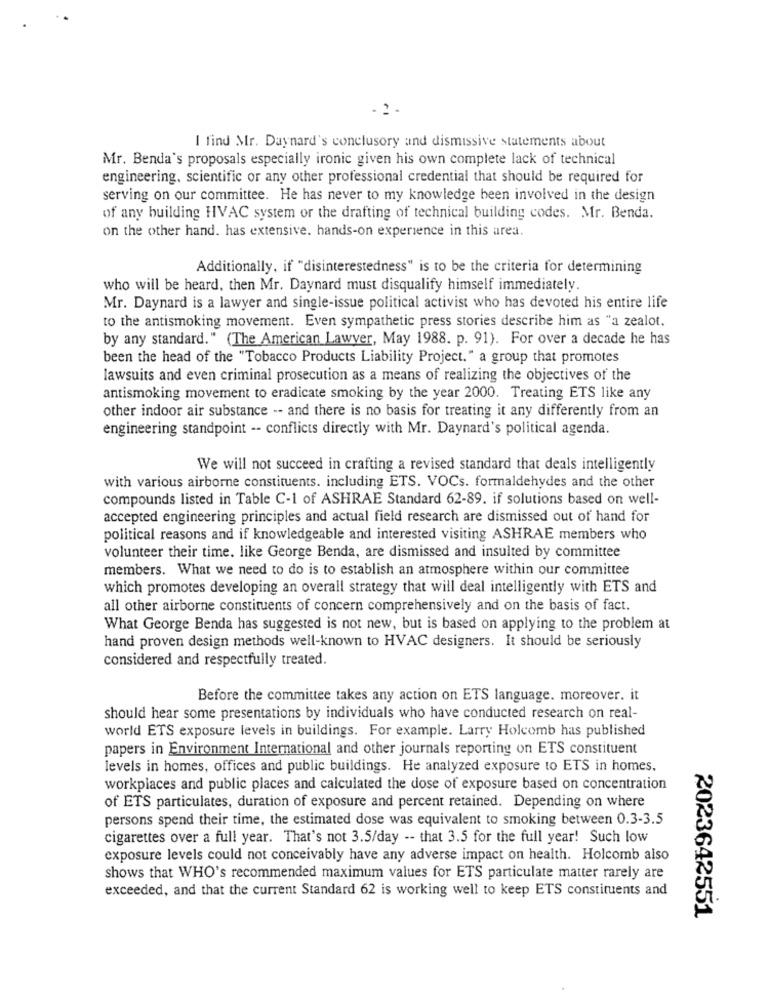
I find Mr. Daynard's conclusory and dismissive statements about
Mr. Benda's proposals especially ironic given his own complete lack of technical
engineering, scientific or any other professional credential that should be required for
serving on our committee. He has never to my knowledge been involved in the design
of any building HVAC system or the drafting of technical building codes. Mr. Benda.
on the other hand. has extensive. hands-on experience in this area.
Additionally, if "disinterestedness" is to be the criteria for determining
who will be heard, then Mr. Daynard must disqualify himself immediately.
Mr. Daynard is a lawyer and single-issue political activist who has devoted his entire life
to the antismoking movement. Even sympathetic press stories describe him as "a zealot.
by any standard." (The American Lawyer, May 1988. p. 91). For over a decade he has
been the head of the "Tobacco Products Liability Project." a group that promotes
lawsuits and even criminal prosecution as a means of realizing the objectives of the
antismoking movement to eradicate smoking by the year 2000. Treating ETS like any
other indoor air substance -- and there is no basis for treating it any differently from an
engineering standpoint -- conflicts directly with Mr. Daynard's political agenda.
We will not succeed in crafting a revised standard that deals intelligently
with various airborne constituents. including ETS. VOCs. formaldehydes and the other
compounds listed in Table C-1 of ASHRAE Standard 62-89. if solutions based on well-
accepted engineering principles and actual field research are dismissed out of hand for
political reasons and if knowledgeable and interested visiting ASHRAE members who
volunteer their time. like George Benda, are dismissed and insulted by committee
members. What we need to do is to establish an atmosphere within our committee
which promotes developing an overall strategy that will deal intelligently with ETS and
all other airborne constituents of concern comprehensively and on the basis of fact.
What George Benda has suggested is not new, but is based on applying to the problem at
hand proven design methods well-known to HVAC designers. It should be seriously
considered and respectfully treated.
Before the committee takes any action on ETS language. moreover. it
should hear some presentations by individuals who have conducted research on real-
world ETS exposure levels in buildings. For example. Larry Holcomb has published
papers in Environment International and other journals reporting on ETS constituent
levels in homes, offices and public buildings. He analyzed exposure to ETS in homes.
workplaces and public places and calculated the dose of exposure based on concentration
of ETS particulates, duration of exposure and percent retained. Depending on where
persons spend their time, the estimated dose was equivalent to smoking between 0.3-3.5
cigarettes over a full year. That's not 3.5/day -- that 3.5 for the full year! Such low
exposure levels could not conceivably have any adverse impact on health. Holcomb also
shows that WHO's recommended maximum values for ETS particulate matter rarely are
exceeded, and that the current Standard 62 is working well to keep ETS constituents and
2023642551